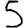
Digit: 5